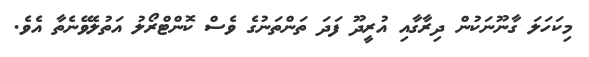
މިކަހަލަ ގާނޫނަކުން ދިރާގާއި އުރީދޫ ފަދަ ތަންތަނުގެ ވެސް ކޮންޓްރޯލު އަތުލެވޭނެތާ އެވެ.